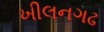
ખીલનગઢ